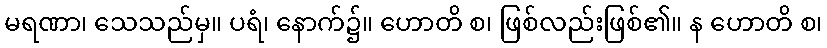
မရဏာ၊ သေသည်မှ။ ပရံ၊ နောက်၌။ ဟောတိ စ၊ ဖြစ်လည်းဖြစ်၏။ န ဟောတိ စ၊